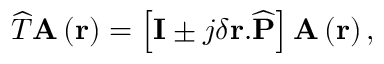
\widehat { T } \mathbf { A } \left( \mathbf { r } \right) = \left[ \mathbf { I } \pm j \delta \mathbf { r . } \widehat { \mathbf { P } } \right] \mathbf { A } \left( \mathbf { r } \right) ,